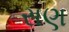
રાણ